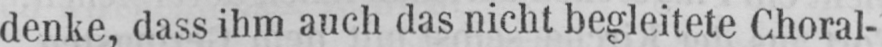
denke, dass ihm auch das nicht begleitete Choral-